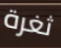
ثغرة